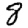
Digit: 8